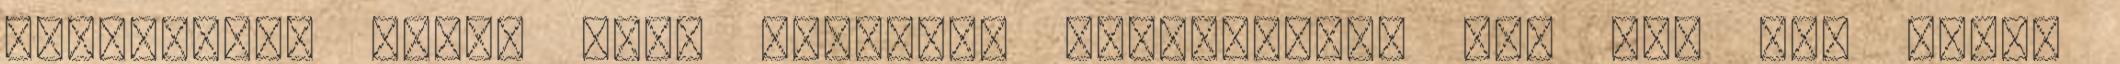
németeknél három perc munkával kereshetjük meg egy sör árát,